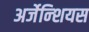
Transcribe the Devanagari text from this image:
अर्जेन्शियस